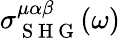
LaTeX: \sigma_{\mathrm{~S~H~G~}}^{\mu\alpha\beta}(\omega)